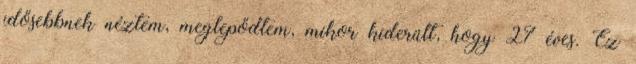
idősebbnek néztem, meglepődtem, mikor kiderült, hogy 27 éves. Ez